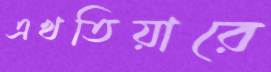
এখতিয়ারে